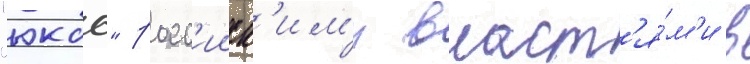
"юкос" росс'ииск'им'и власт'я́м'и в